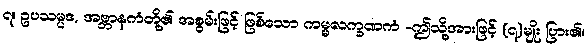
၇။ ဥပသမ္ပဒ, အဗ္ဘာနကံတို့၏ အစွမ်းဖြင့် ဖြစ်သော ကမ္မလက္ခဏကံ -ဤသို့အားဖြင့် (၇)မျိုး ပြား၏။